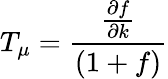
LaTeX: T_{\mu}=\frac{\frac{\partial f}{\partial k}}{(1+f)}